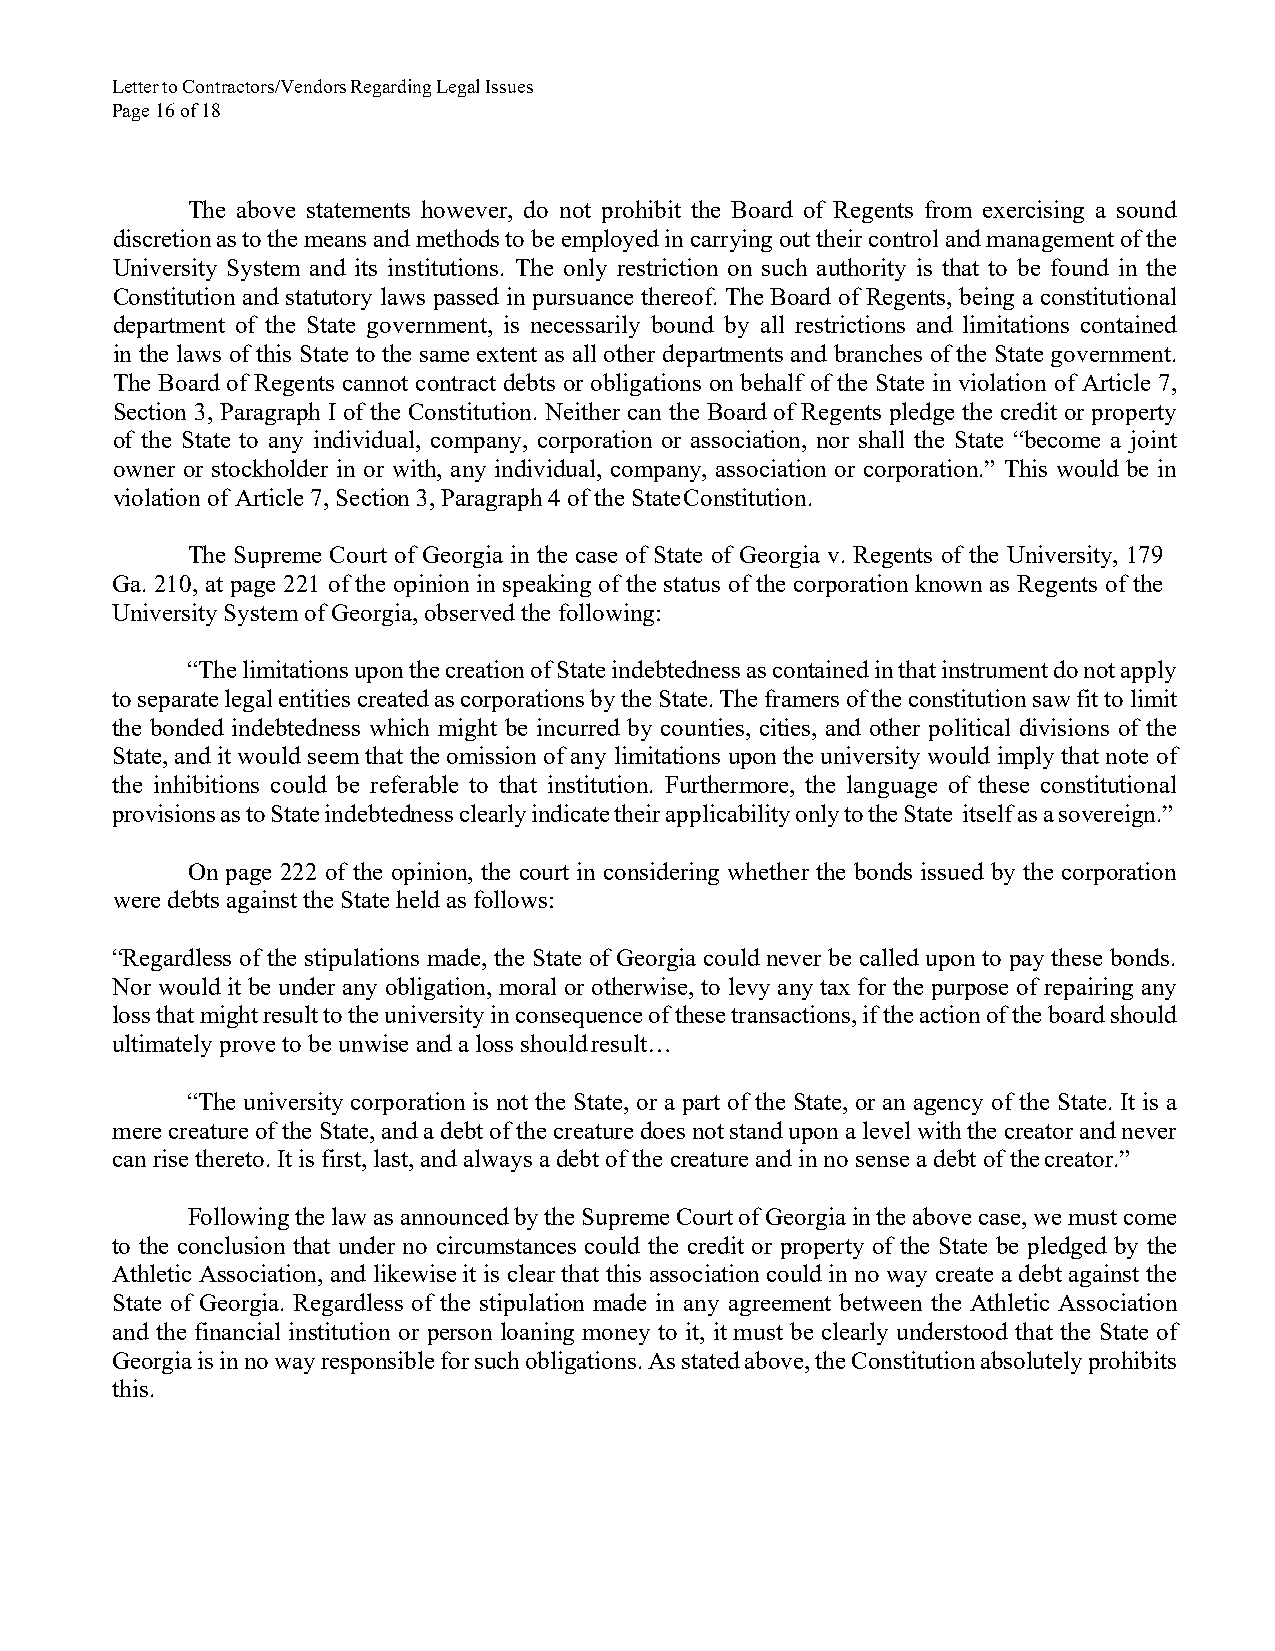
Letter to Contractors/Vendors Regarding Legal Issues
 Page 16 of 18
 The above statements however, do not prohibit the Board of Regents from exercising a sound
 discretion as to the means and methods to be employed in carrying out their control and management of the
 University System and its institutions. The only restriction on such authority is that to be found in the
 Constitution and statutory laws passed in pursuance thereof. The Board of Regents, being a constitutional
 department of the State government, is necessarily bound by all restrictions and limitations contained
 in the laws of this State to the same extent as all other departments and branches of the State government.
 The Board of Regents cannot contract debts or obligations on behalf of the State in violation of Article 7,
 Section 3, Paragraph I of the Constitution. Neither can the Board of Regents pledge the credit or property
 of the State to any individual, company, corporation or association, nor shall the State “become a joint
 owner or stockholder in or with, any individual, company, association or corporation.” This would be in
 violation of Article 7, Section 3, Paragraph 4 of the State Constitution.
 The Supreme Court of Georgia in the case of State of Georgia v. Regents of the University, 179
 Ga. 210, at page 221 of the opinion in speaking of the status of the corporation known as Regents of the
 University System of Georgia, observed the following:
 “The limitations upon the creation of State indebtedness as contained in that instrument do not apply
 to separate legal entities created as corporations by the State. The framers of the constitution saw fit to limit
 the bonded indebtedness which might be incurred by counties, cities, and other political divisions of the
 State, and it would seem that the omission of any limitations upon the university would imply that note of
 the inhibitions could be referable to that institution. Furthermore, the language of these constitutional
 provisions as to State indebtedness clearly indicate their applicability only to the State itself as a sovereign.”
 On page 222 of the opinion, the court in considering whether the bonds issued by the corporation
 were debts against the State held as follows:
 “Regardless of the stipulations made, the State of Georgia could never be called upon to pay these bonds.
 Nor would it be under any obligation, moral or otherwise, to levy any tax for the purpose of repairing any
 loss that might result to the university in consequence of these transactions, if the action of the board should
 ultimately prove to be unwise and a loss should result…
 “The university corporation is not the State, or a part of the State, or an agency of the State. It is a
 mere creature of the State, and a debt of the creature does not stand upon a level with the creator and never
 can rise thereto. It is first, last, and always a debt of the creature and in no sense a debt of the creator.”
 Following the law as announced by the Supreme Court of Georgia in the above case, we must come
 to the conclusion that under no circumstances could the credit or property of the State be pledged by the
 Athletic Association, and likewise it is clear that this association could in no way create a debt against the
 State of Georgia. Regardless of the stipulation made in any agreement between the Athletic Association
 and the financial institution or person loaning money to it, it must be clearly understood that the State of
 Georgia is in no way responsible for such obligations. As stated above, the Constitution absolutely prohibits
 this.